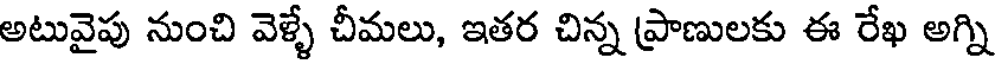
అటువైపు నుంచి వెళ్ళే చీమలు, ఇతర చిన్న ప్రాణులకు ఈ రేఖ అగ్ని